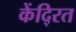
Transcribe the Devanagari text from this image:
केंदि्रत